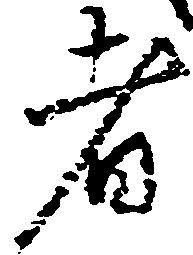
者